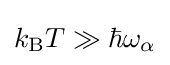
k_{\rm {B}}T\gg \hbar \omega _{\alpha }